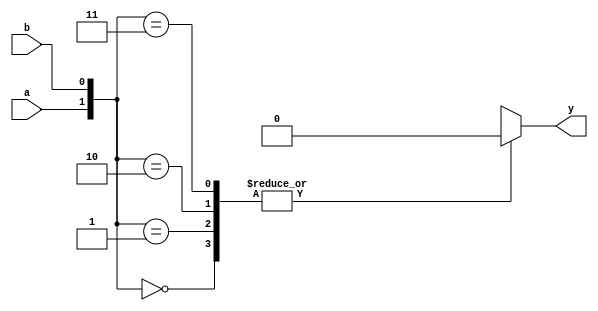
module ap_com_2_index_0(
	input wire a,
	input wire b,
	output reg y
);

always @(*) begin
	case({a, b})
		2'b00: y = 0;
		2'b01: y = 0;
		2'b10: y = 0;
		2'b11: y = 0;
		default:;
	endcase
end

endmodule


module ap_com_2_index_1(
	input wire a,
	input wire b,
	output reg y
);

always @(*) begin
	case({a, b})
		2'b00: y = 1;
		2'b01: y = 1;
		2'b10: y = 1;
		2'b11: y = 1;
		default:;
	endcase
end

endmodule